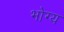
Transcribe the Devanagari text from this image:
भोग्‍य